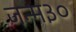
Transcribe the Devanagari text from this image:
जन्म३०